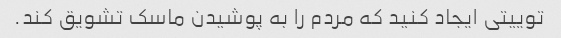
توییتی ایجاد کنید که مردم را به پوشیدن ماسک تشویق کند.